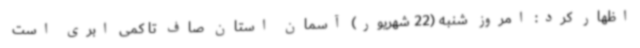
اظهار کرد: امروز شنبه (22 شهریور) آسمان استان صاف تا کمی ابری است